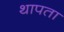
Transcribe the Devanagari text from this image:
थापता